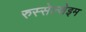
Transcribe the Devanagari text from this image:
रुस्सेल्शेइम